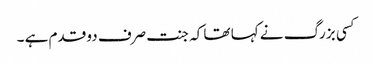
کسی بزرگ نے کہا تھا کہ جنت صرف دو قدم ہے ۔